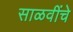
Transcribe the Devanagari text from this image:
साळवींचे